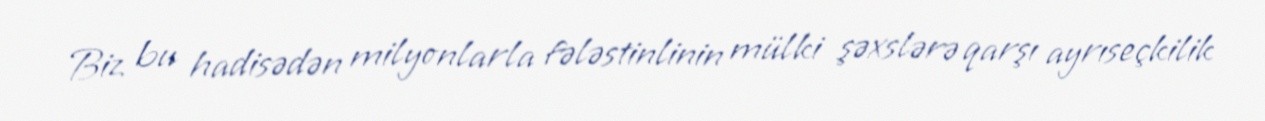
Biz bu hadisədən milyonlarla fələstinlinin mülki şəxslərə qarşı ayrıseçkilik